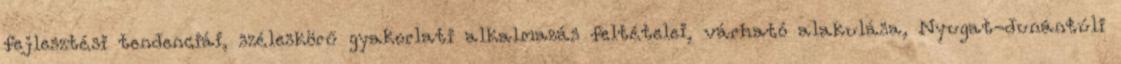
fejlesztési tendenciái, széleskörű gyakorlati alkalmazás feltételei, várható alakulása, Nyugat-dunántúli